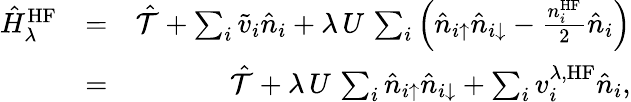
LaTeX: \begin{array}{rlr}{\hat{H}_{\lambda}^{\mathrm{HF}}}&{=}&{\hat{\mathcal{T}}+\sum_{i}\tilde{v}_{i}\hat{n}_{i}+\lambda\, U\, \sum_{i}\left(\hat{n}_{i\uparrow}\hat{n}_{i\downarrow}-\frac{n_{i}^{\mathrm{HF}}}{2}\hat{n}_{i}\right)}\\ &{=}&{\hat{\mathcal{T}}+\lambda\, U\, \sum_{i}\hat{n}_{i\uparrow}\hat{n}_{i\downarrow}+\sum_{i}v_{i}^{\lambda,\mathrm{HF}}\hat{n}_{i},}\end{array}